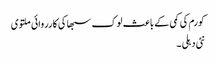
کورم کی کمی کے باعث لوک سبھا کی کارروائی ملتوی
نئی دہلی ۔